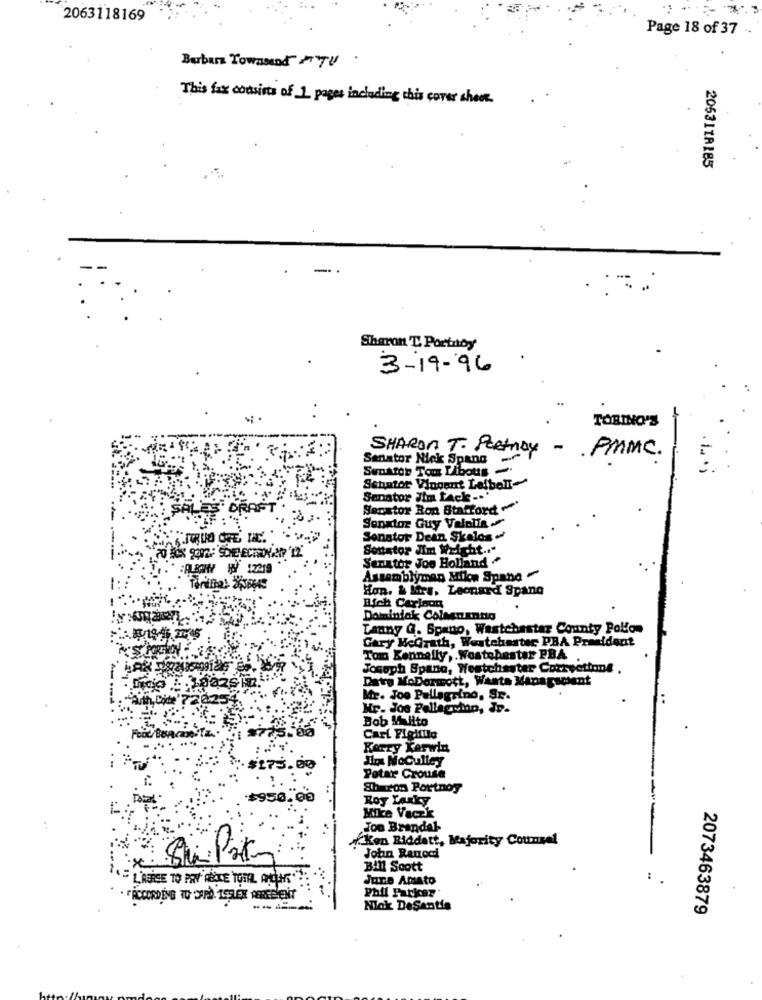
2063118169
Page 18 of 37
Barbara Towamed ATV .
This fax consists of 1 pages including this cover cheor.
205311R185
-
Sharon T. Portnoy
3-19-96
TORINO'S
Senator Nick Spang
SHARON T. Pretroy - PMMC.
Smarter Tom Libous -
Senator Vingent Laibelle
Senator Jim LAck -..
Serxtor Ron Stafford
Senator Guy Valolis
Senator Dean Skalos
Soustor Jim Wright .. "
Senator Joo Holland ~
:ALBANY WW 12219
Assemblyman Milon Spano
Hon. & Mrs. Leonard Spang
Bich Carlson
Dominick Colaenantio
Tanny G. Spano, Westchester County Polifon
Gary MeGrath, Westchester PBA President
Tom Kennelly ,. Wostobestar PBA
Josoph Spano, Westchester Corryottone
Date MoDormott, Wants Mapagsoient
Mr. Joo Pellegrino, Sr.
Mr. Jos Pellegrino, In.
Bob Milito
Carl Figliilo
Kerry Karwin
Ilos NoGulley
175.00
Potar Crouse
Sharon Portnoy
$950.00
Roy Laxky
Mike Vaczk
..
Joo Brandal
Kon Riddatt, Majority Counsel
John Ranoci
BIN Scott
"L'AGREE TO PONY GECE TOTIL ANCLAS
June Amato
Phil Farkcar
· FACCORDING TO CAPD. ISELEX REREEVENT
Niak DeSantis
2073463879